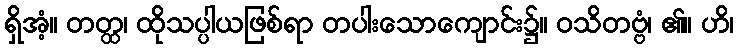
ရှိအံ့။ တတ္ထ၊ ထိုသပ္ပါယဖြစ်ရာ တပါးသောကျောင်း၌။ ဝသိတဗ္ဗံ၊ ၏။ ဟိ၊